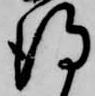
得